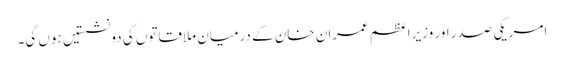
امریکی صدر اور وزیراعظم عمران خان کے درمیان ملاقاتوں کی دو نشستیں ہوں گی۔